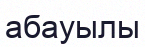
абауылы